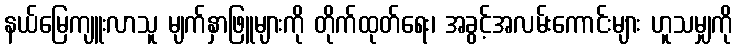
နယ်မြေကျူးလာသူ မျက်နှာဖြူများကို တိုက်ထုတ်ရေး၊ အခွင့်အလမ်းကောင်းများ ဟူသမျှကို